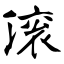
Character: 滚